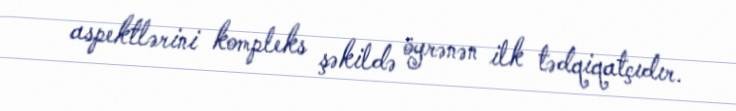
aspektlərini kompleks şəkildə öyrənən ilk tədqiqatçıdır.